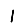
Digit: 1